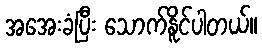
အအေးခံပြီး သောက်နိူင်ပါတယ်။